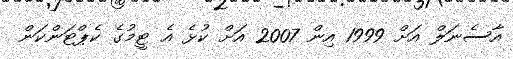
އާސެނަލް އަށް 1999 އިން 2007 އަށް ކުޅެ އެ ޓީމުގެ ކެޕްޓަންކަން